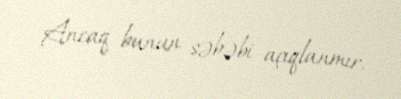
Ancaq bunun səbəbi açıqlanmır.